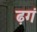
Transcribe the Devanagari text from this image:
ढ़गं